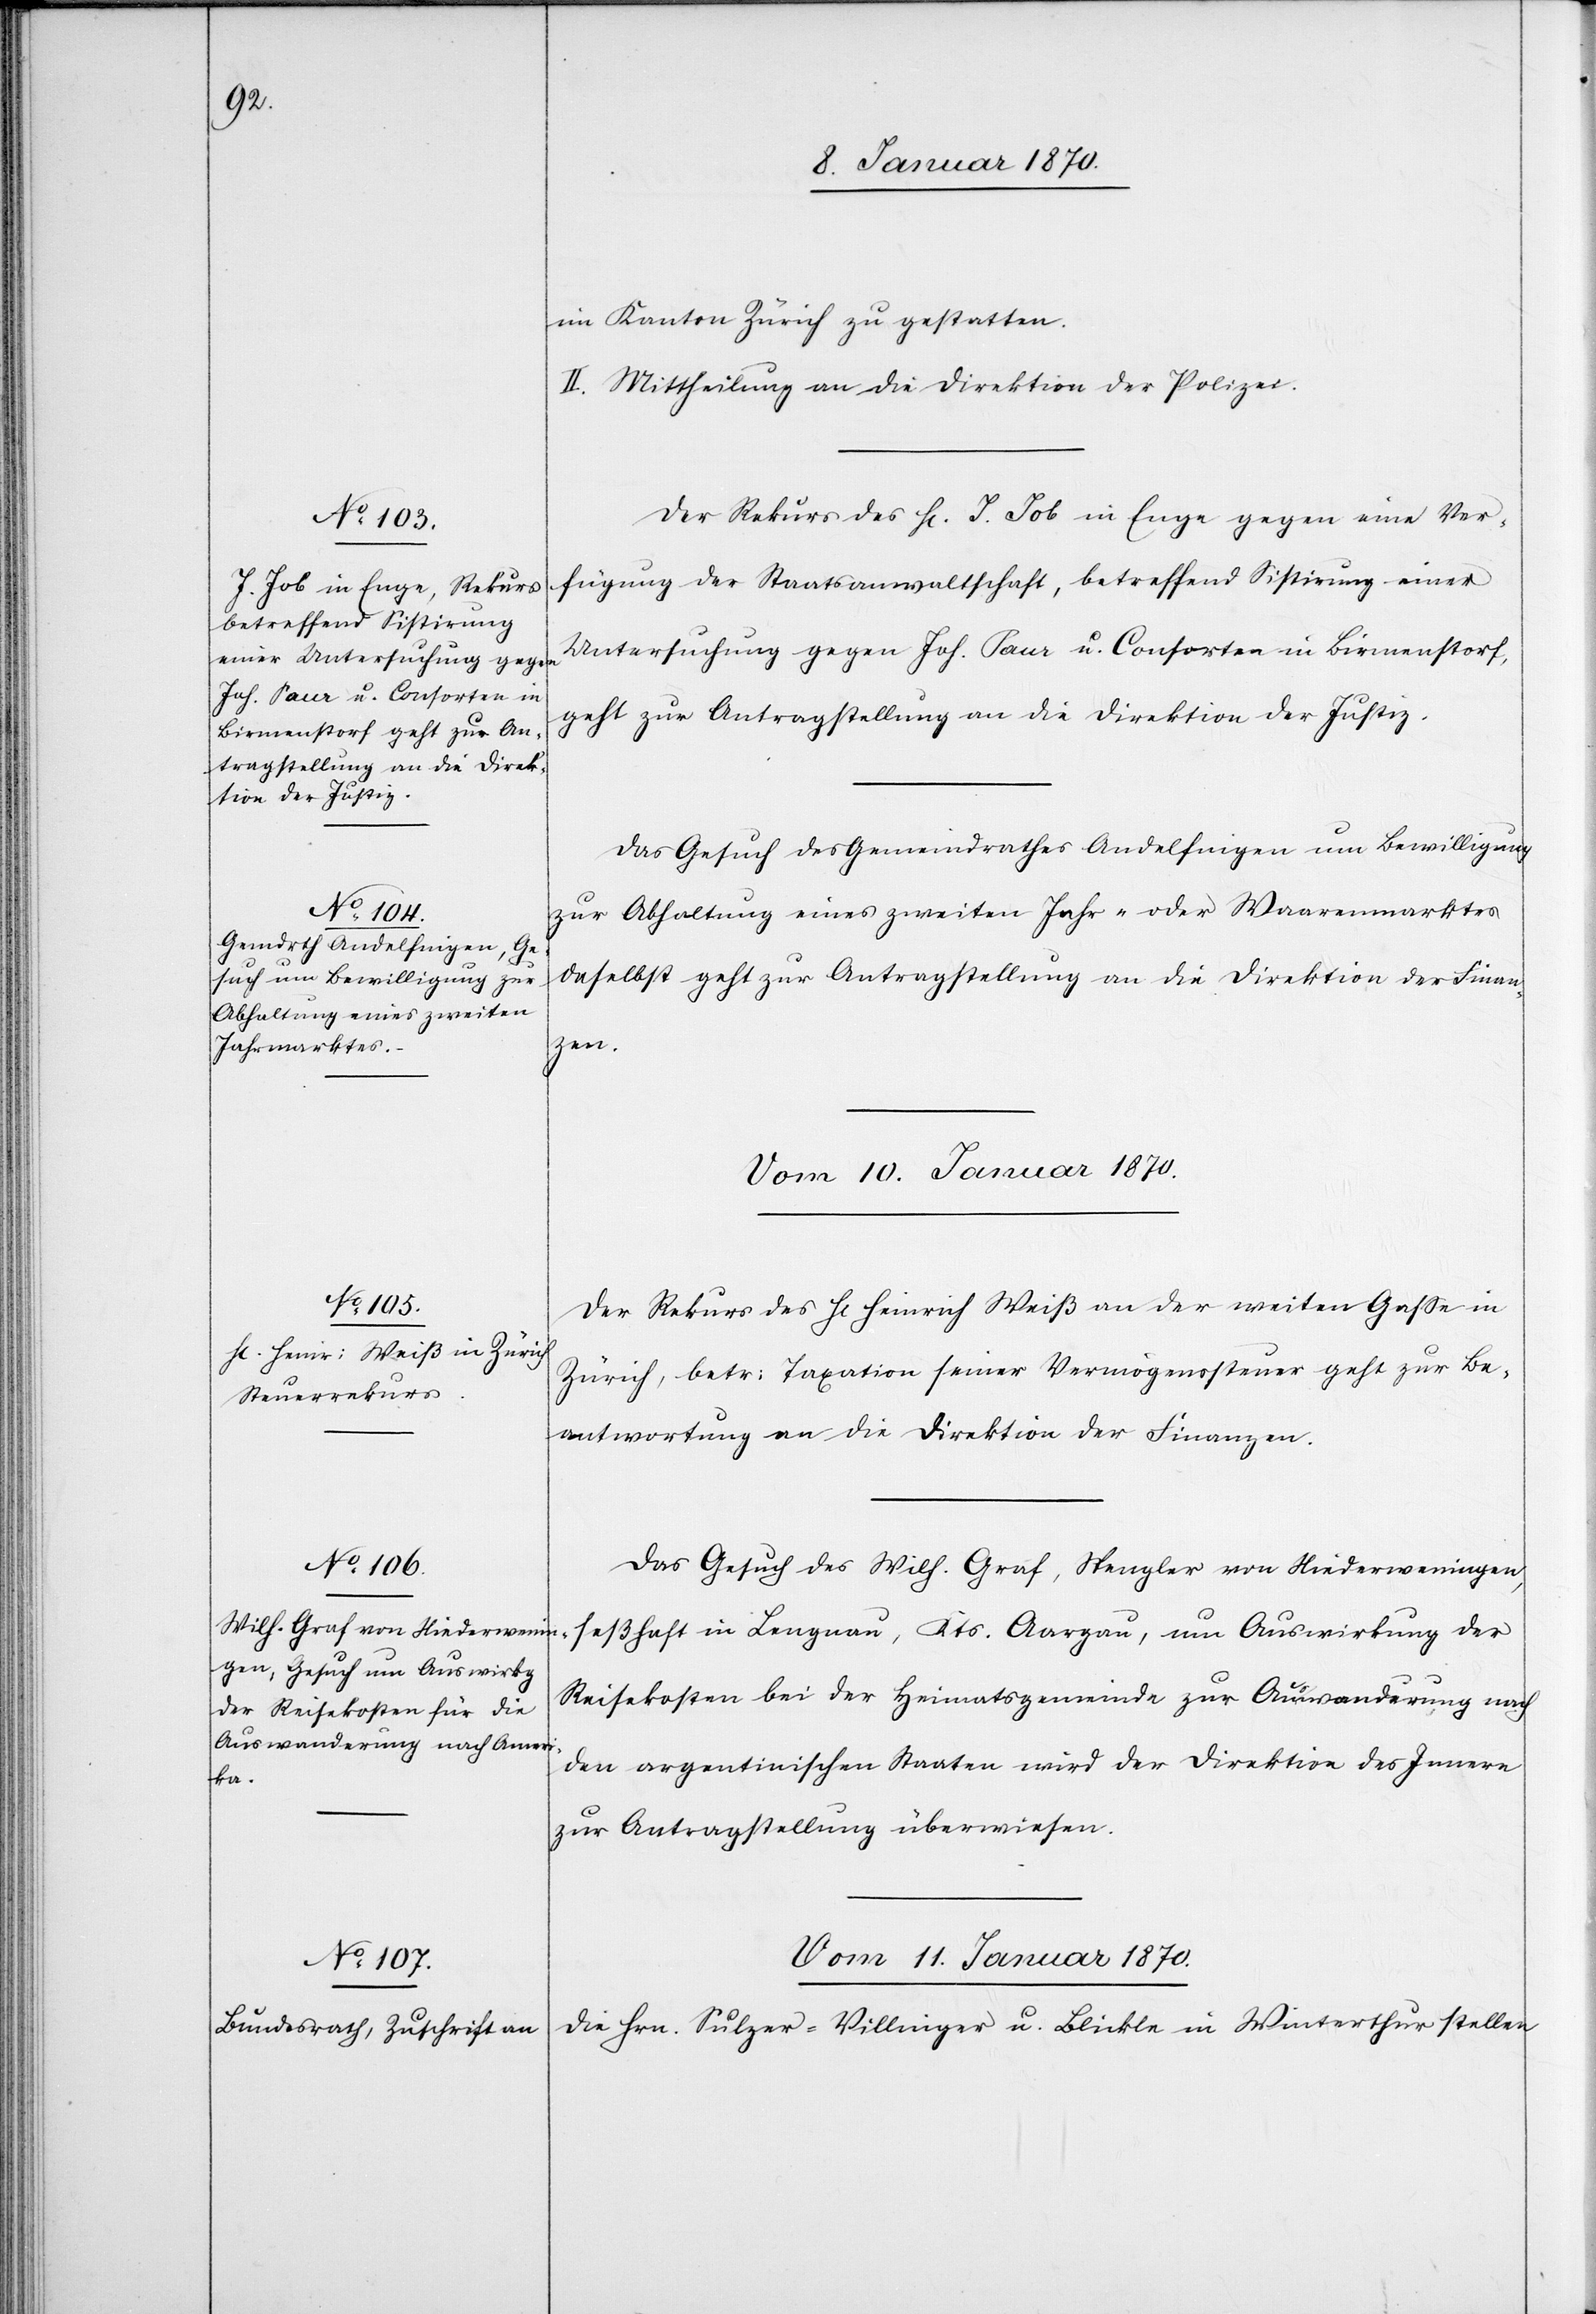
im Kanton Zürich zu gestatten.
II. Mittheilung an die Direktion der Polizei.
Der Rekurs des H[errn] J. Job in Enge gegen eine Ver¬
fügung der Staatsanwaltschaft, betreffend Sistirung einer
Untersuchung gegen Joh. Saur u. Consorten in Birmenstorf,
geht zur Antragstellung an die Direktion der Justiz.
Das Gesuch des Gemeindrathes Andelfingen um Bewilligung
zur Abhaltung eines zweiten Jahr- oder Waarenmarktes
daselbst geht zur Antragstellung an die Direktion der Finan¬
zen.
Vom 10. Januar 1870.]
Der Rekurs des H[errn] Heinrich Weiß an der weiten Gasse in
Zürich, betr: Taxation seiner Vermögenssteuer geht zur Be¬
antwortung an die Direktion der Finanzen.
Das Gesuch des Wilh. Graf, Spengler von Niederweiningen,
seßhaft in Langnau, Kts. Aargau, um Auswirkung der
Reisekosten bei der Heimatsgemeinde zur Auswanderung nach
den argentinischen Staaten wird der Direktion des Innern
zur Antragsstellung überwiesen.
Vom 11. Januar 1870.
Die Hrn. Sulzer-Villinger u. Blickle in Winterthur stellen